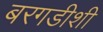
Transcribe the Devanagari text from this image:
बरगडीशी